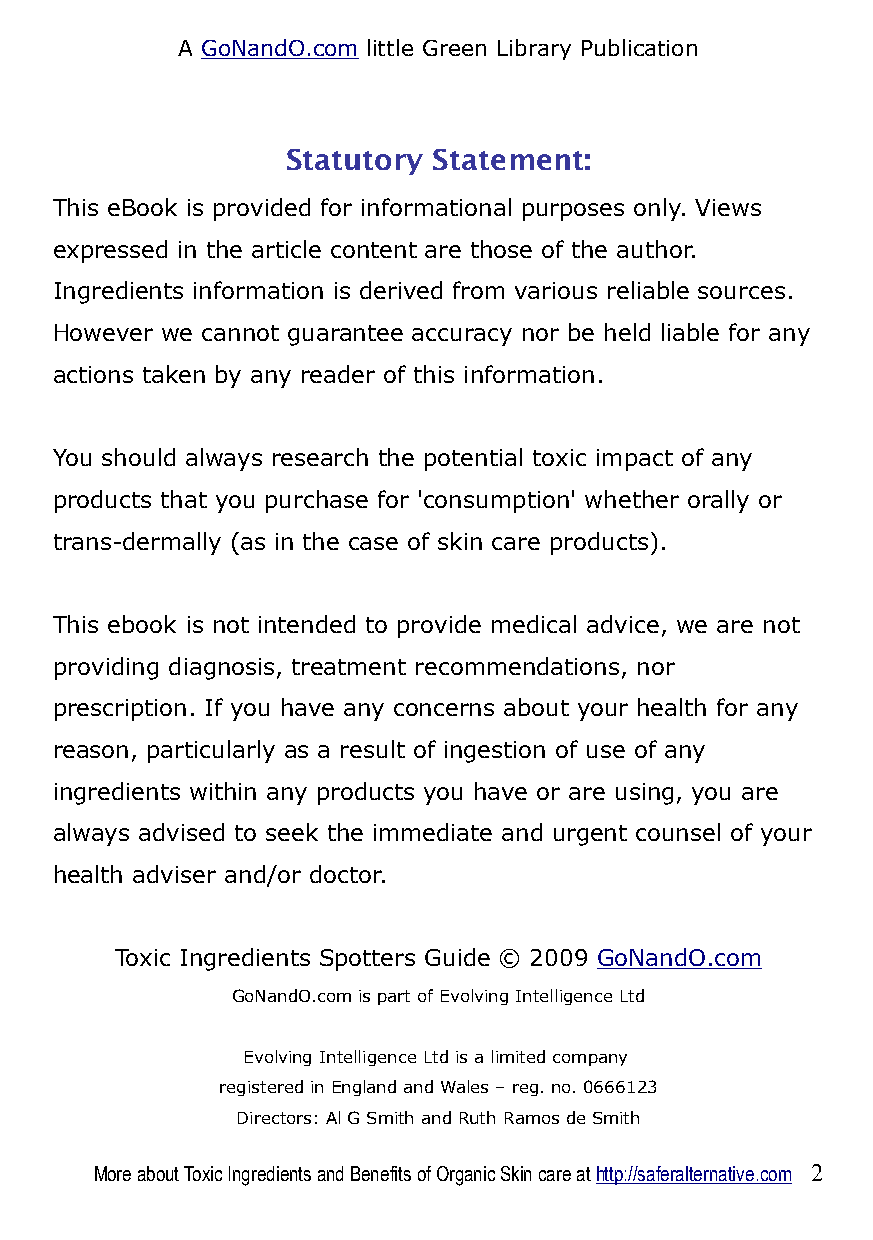
A GoNandO.com little Green Library Publication
 Statutory Statement:
 This eBook is provided for informational purposes only. Views
 expressed in the article content are those of the author.
 Ingredients information is derived from various reliable sources.
 However we cannot guarantee accuracy nor be held liable for any
 actions taken by any reader of this information.
 You should always research the potential toxic impact of any
 products that you purchase for 'consumption' whether orally or
 trans-dermally (as in the case of skin care products).
 This ebook is not intended to provide medical advice, we are not
 providing diagnosis, treatment recommendations, nor
 prescription. If you have any concerns about your health for any
 reason, particularly as a result of ingestion of use of any
 ingredients within any products you have or are using, you are
 always advised to seek the immediate and urgent counsel of your
 health adviser and/or doctor.
 Toxic Ingredients Spotters Guide © 2009 GoNandO.com
 GoNandO.com is part of Evolving Intelligence Ltd
 Evolving Intelligence Ltd is a limited company
 registered in England and Wales – reg. no. 0666123
 Directors: Al G Smith and Ruth Ramos de Smith
 More about Toxic Ingredients and Benefits of Organic Skin care at http://saferalternative.com 2